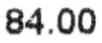
84.00